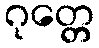
ဂုတ္တေ